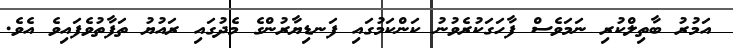
އަމުރު ބާތިލްކުރި ނަމަވެސް ފާހަގަކުރެވުނު ކަންކަމުގައި ފަނޑިޔާރުންގެ މެދުގައި ރައުޔު ތަފާތުވެފައިވެ އެވެ.